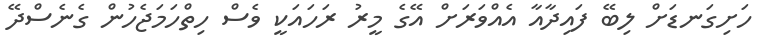
ހަށިގަނޑަށް ލިބޭ ފައިދާއާ އެއްވަރަށް އޭގެ މީރު ރަހައަކީ ވެސް ހިތްހަމަޖެހުން ގެނެސްދޭ